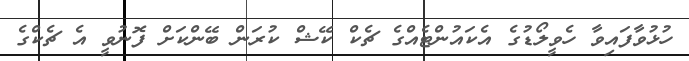
ހުޅުވާފައިވާ ހެވީލޯޑުގެ އެކައުންޓެއްގެ ޗެކް ކޭޝް ކުރަން ބޭންކަށް ފޮނުވީ އެ ޗެކްގެ